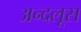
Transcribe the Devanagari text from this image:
अन्दलूस